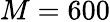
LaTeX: M=600